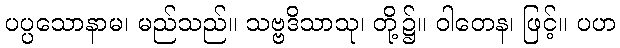
ပပ္ပသောနာမ၊ မည်သည်။ သဗ္ဗဒိသာသု၊ တို့၌။ ဝါတေန၊ ဖြင့်။ ပဟ